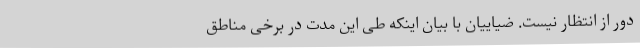
دور از انتظار نیست. ضیاییان با بیان اینکه طی این مدت در برخی مناطق